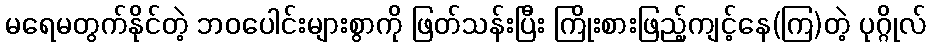
မရေမတွက်နိုင်တဲ့ ဘဝပေါင်းများစွာကို ဖြတ်သန်းပြီး ကြိုးစားဖြည့်ကျင့်နေ(ကြ)တဲ့ ပုဂ္ဂိုလ်